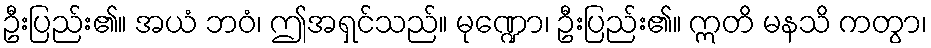
ဦးပြည်း၏။ အယံ ဘဝံ၊ ဤအရှင်သည်။ မုဏ္ဍော၊ ဦးပြည်း၏။ ဣတိ မနသိ ကတွာ၊